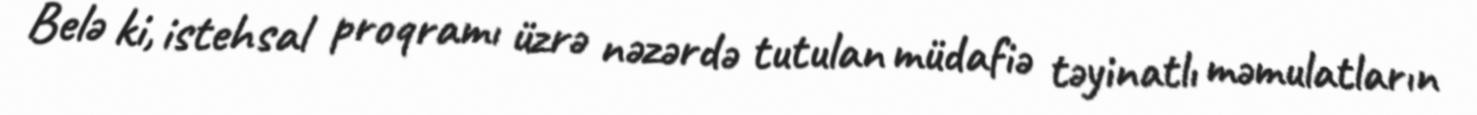
Belə ki, istehsal proqramı üzrə nəzərdə tutulan müdafiə təyinatlı məmulatların